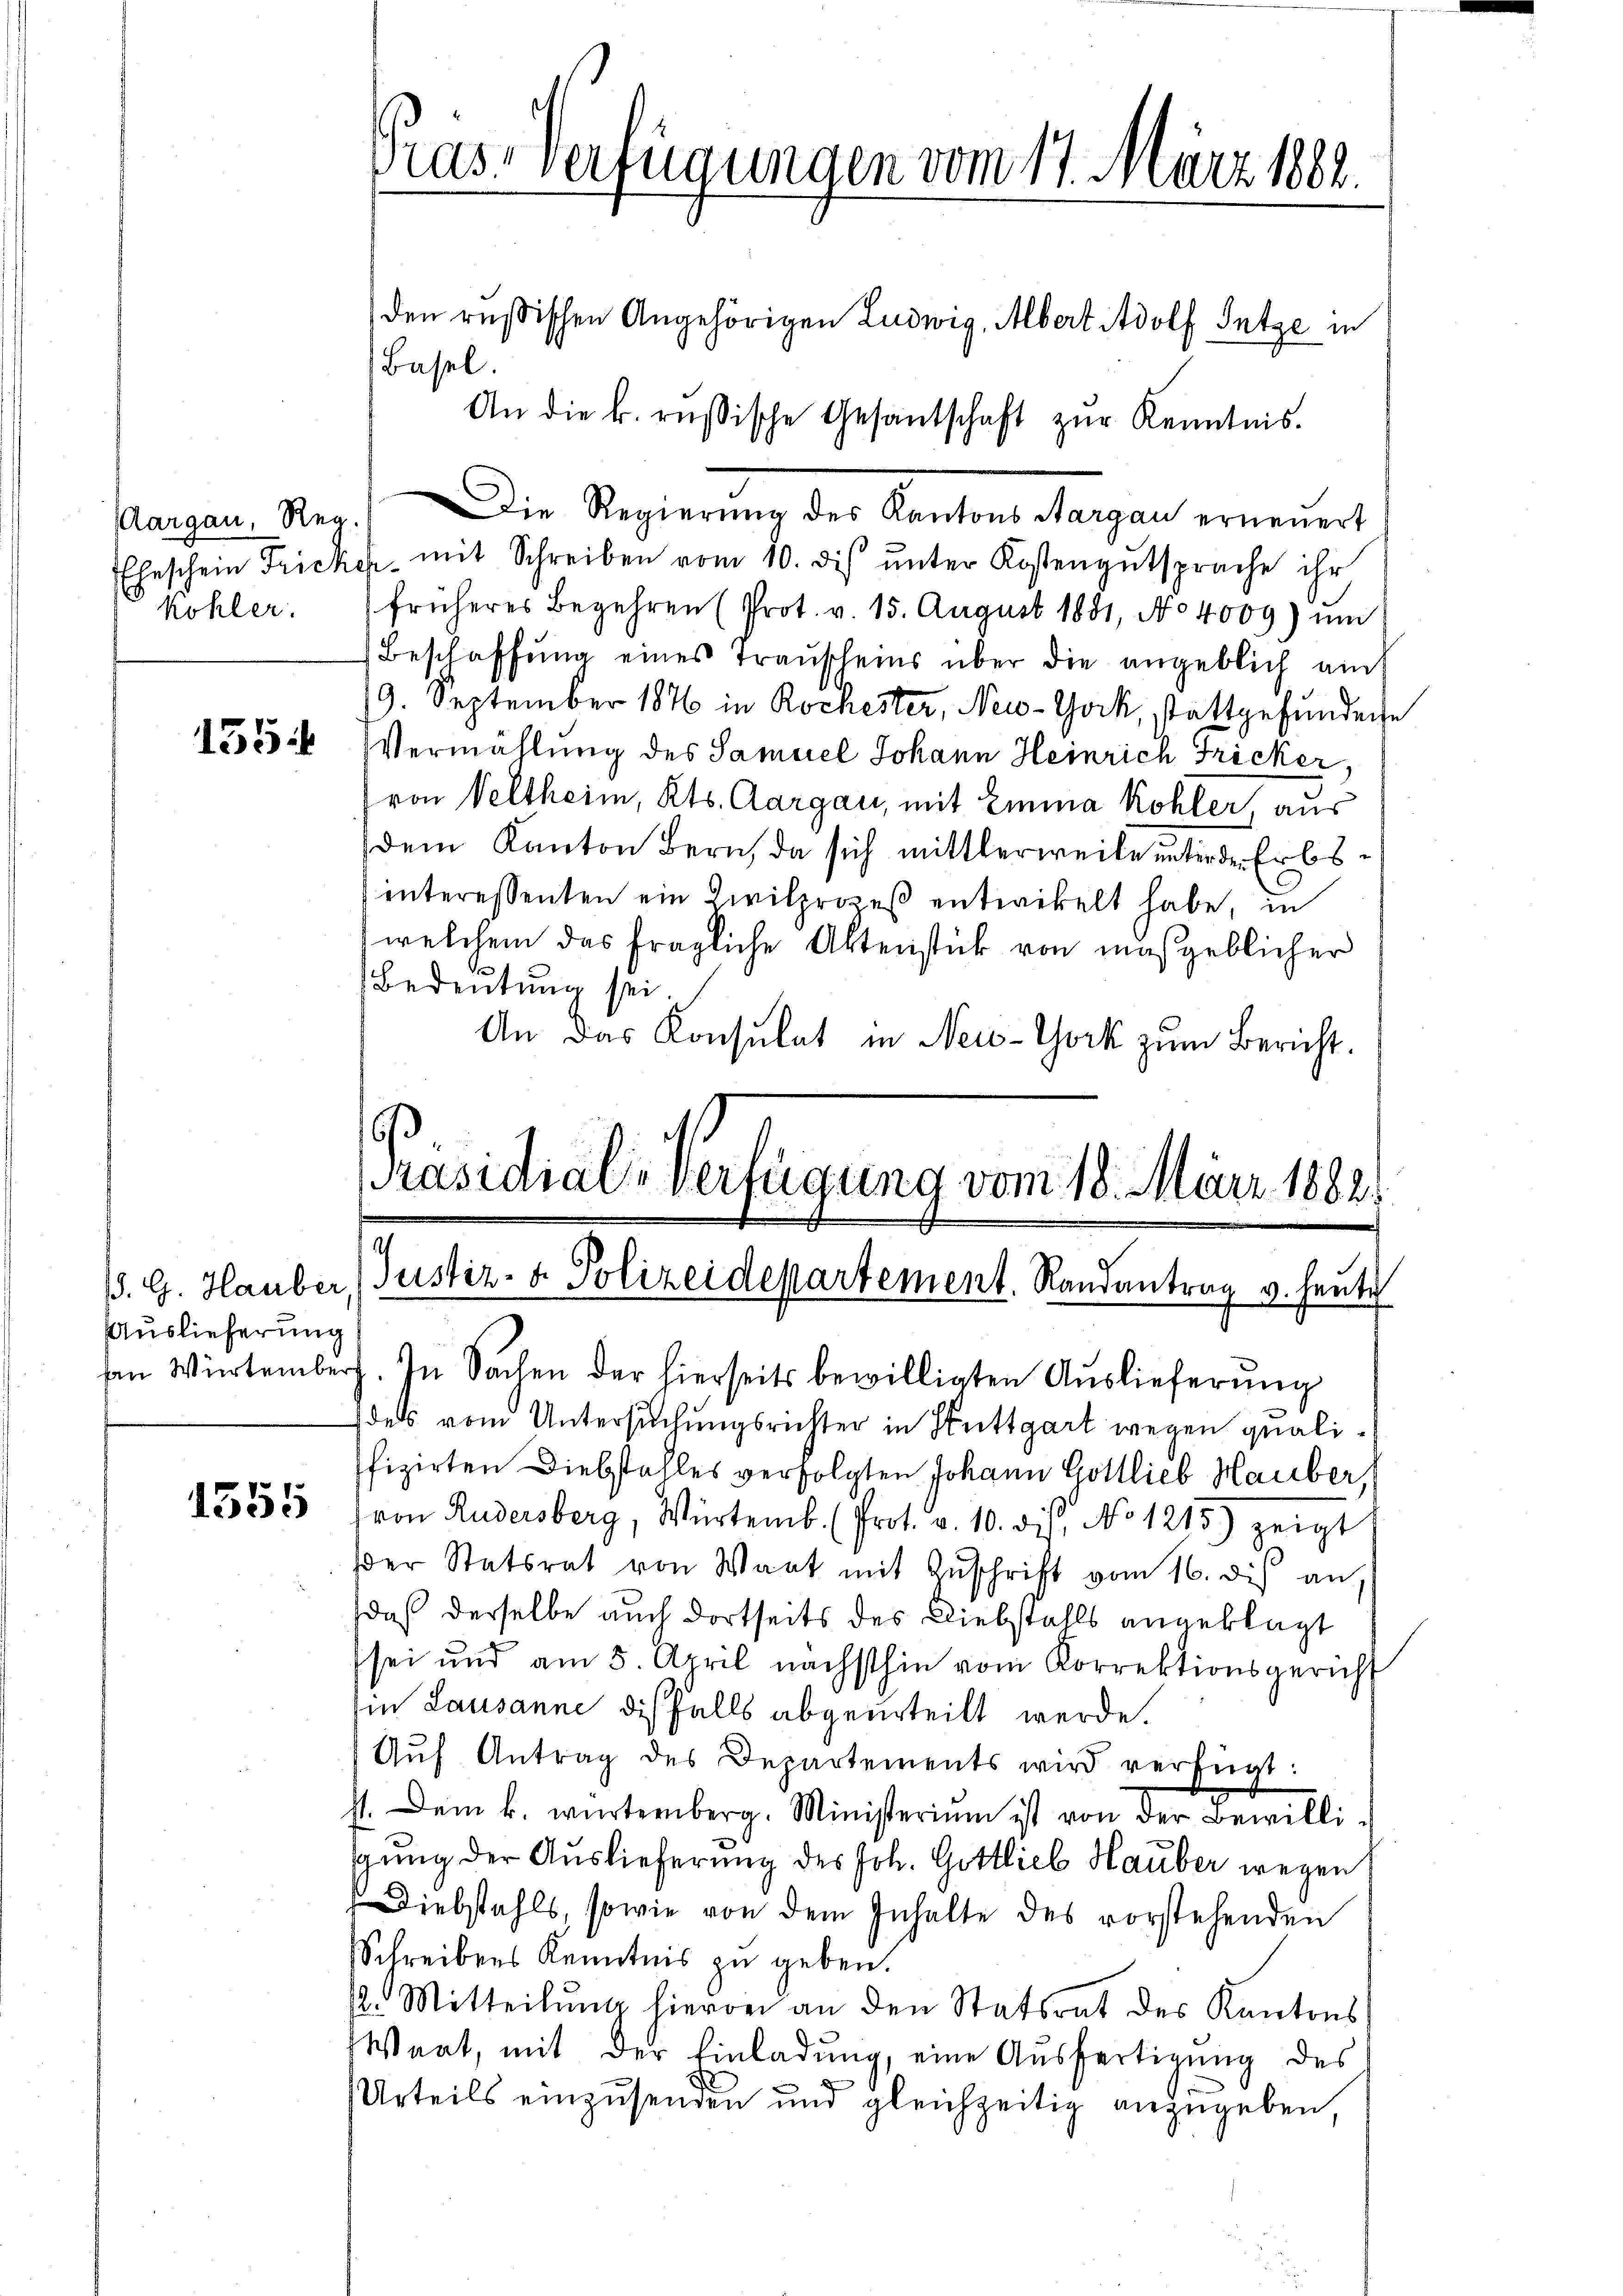
Kohler.

135

1. G. Hauber
Auslieferung

1555

Pras-Verfügungen vom 17. März 1882.
den resischen Angehörigen Ludwig, Albert Adolf Sutze in
Basel.
An die k. russische Gesantschaft zŭr Kenntnis.

Präsidial-Verfügung vom 18. März 18821.
Justiz- & Polizeidepartement. Randantrag v. heute

sen Würtemberg. In Sachen der hierseits bewilligten Auslieferung
des vom Untersuchungsrichter in Stuttgart wegen qualiffizirten Diebstahles verfolgten Johann Gottlieb Hauber,
von Rudersberg, Würtemb. (Prot. v. 10. ds. No 1215) zeigt
ser Statsrat von Wart mit Zŭschrift vom 16. dis an,
daß derselbe auch dortseits des Diebstahls angeklagt
sei und am 5. April nächsthin vom Korrektionsgericht
in Lausanne diesfalls abgeurteilt werde.
Aŭf Antrag des Departements wird verfügt:
ht. Dem k. würtemberg. Ministerium ist von der Bewilli-
gung der Auslieferung des Joh. Gottlieb Hauber wegen
Diebstahls, sowie von dem Inhalte des vorstehenden
Schreibens Kenntnis zu geben.
/2. Mitteilung hievon an den Statsrat des Kantons
Wart, mit der Einladung, eine Ausfertigung des
Urteils einzusenden und gleichzeitig anzugeben,

Aargau, Reg. Die Regierŭng des Kantons Aargau erneuert
Eheschein Fricker mit Schreiben vom 10. dis ŭnter Kostengŭtsprache ihr
früheres Begehren (Prot. v. 15. August 1881, No 4009) un
Beschaffŭng eines Trauscheins über die angeblich ains
19. September 187 in Rochester, New-York, stattgefundene
Vermählung des Samuel Johann Heinrich Fricker,
von Veltheim, Kts. Aargau, mit Emma Kohler, aus
dem Kanton Bern, da sich mittlerweile unterde Erbsinteressenten ein Zivilprozeß entwickelt habe, in
welchem das fragliche Aktenstück von maßgeblicher
Bedeutung sei.
An das Konsulat in New-York zum Bericht.